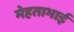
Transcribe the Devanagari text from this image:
मेहताभाई